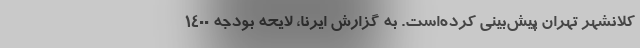
کلانشهر تهران پیش‌بینی کرده‌است. به گزارش ایرنا، لایحه بودجه ۱۴۰۰